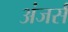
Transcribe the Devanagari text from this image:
अंजर्स